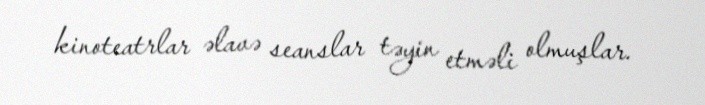
kinoteatrlar əlavə seanslar təyin etməli olmuşlar.